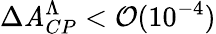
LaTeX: \Delta\mathit{A}_{CP}^{\Lambda}<\mathcal{{O}}(10^{-4})